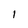
Character: 1